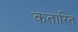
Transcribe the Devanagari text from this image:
कतारित